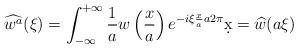
LaTeX: \begin{align*}\widehat{w^a}(\xi)=\int_{-\infty}^{+\infty} \frac{1}{a}w\left(\frac{x}{a}\right) e^{-i\xi \frac{x}{a} a 2 \pi} \d x=\widehat{w}(a\xi)\end{align*}